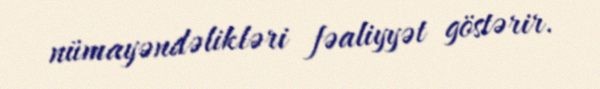
nümayəndəlikləri fəaliyyət göstərir.